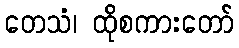
တေသံ၊ ထိုစကားတော်